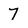
Character: 7